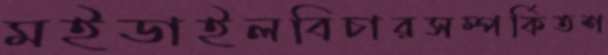
মইডাইলবিচারসম্পর্কিতশ